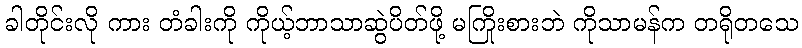
ခါတိုင်းလို ကား တံခါးကို ကိုယ့်ဘာသာဆွဲပိတ်ဖို့ မကြိုးစားဘဲ ကိုသာမန်က တရိုတသေ